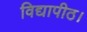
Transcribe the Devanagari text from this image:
विद्यापीठ।